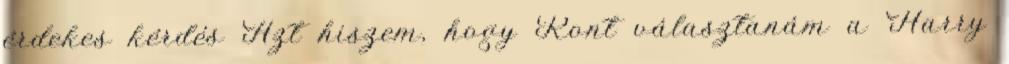
érdekes kérdés Azt hiszem, hogy Ront választanám a Harry